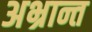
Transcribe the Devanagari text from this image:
अभ्रान्त